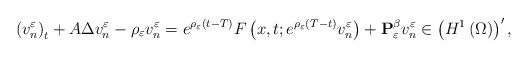
LaTeX: \begin{align*}\left(v_{n}^{\varepsilon}\right)_{t} & +A\Delta v_{n}^{\varepsilon}-\rho_{\varepsilon}v_{n}^{\varepsilon} =e^{\rho_{\varepsilon}\left(t-T\right)}F\left(x,t;e^{\rho_{\varepsilon}\left(T-t\right)}v_{n}^{\varepsilon}\right)+\mathbf{P}_{\varepsilon}^{\beta}v_{n}^{\varepsilon}\in\left(H^{1}\left(\Omega\right)\right)',\end{align*}